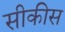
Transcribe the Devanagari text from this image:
सीकीस